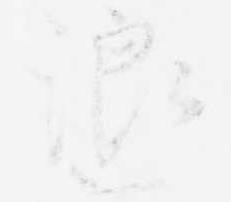
浪